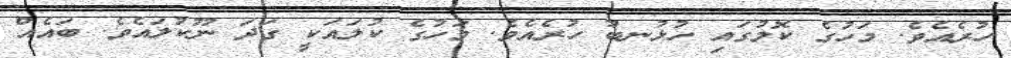
ހުރެއެވެ. މަހުގެ ކޮލުގައި ހުޅުނބު ހުރެއެވެ. މަހުގެ ކުލައަކީ ގަދަ ނޫކުލައެވެ. ބައެއް